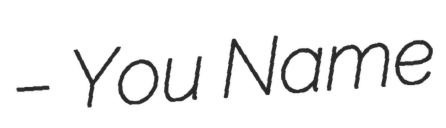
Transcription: – You Name